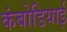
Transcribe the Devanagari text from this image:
कंबोडियाई